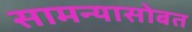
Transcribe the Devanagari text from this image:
सामन्यासोबत